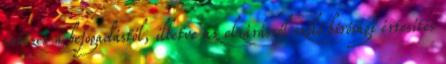
intézet a befogadástól, illetve az elzárásról szóló bírósági értesítés